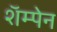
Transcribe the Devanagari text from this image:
शॅम्पेन